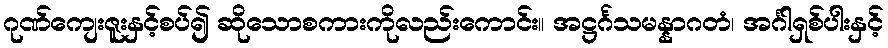
ဂုဏ်ကျေးဇူးနှင့်စပ်၍ ဆိုသောစကားကိုလည်းကောင်း။ အဋ္ဌင်္ဂသမန္နာဂတံ၊ အင်္ဂါရှစ်ပါးနှင့်